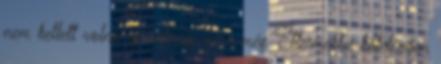
nem kellett volna ej, ráérnie arra még Éttermekbe kötelezően